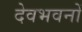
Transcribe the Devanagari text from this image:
देवभवनों